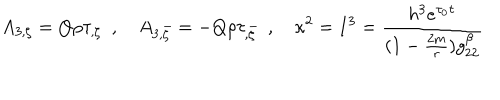
LaTeX: A _ { 3 , \zeta } = Q \rho \tau _ { , \zeta } \ \ , A _ { 3 , \bar { \zeta } } = - Q \rho \tau _ { , \bar { \zeta } } \ \ , \kappa ^ { 2 } = I ^ { 3 } = { \frac { h ^ { 3 } e ^ { \tau _ { 0 } \tau } } { ( 1 - { \frac { 2 m } { r } } ) g _ { 2 2 } ^ { \beta } } }